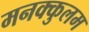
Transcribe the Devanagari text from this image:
मनक्कुलम